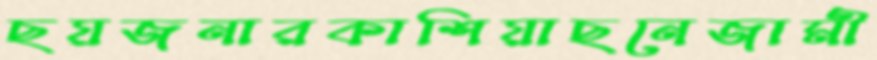
ছয়জনারকাশিয়াছনেজামী